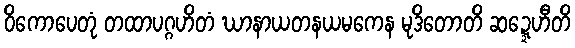
ဝိကောပေတုံ တထာပဂ္ဂဟိတံ ဃာနာယတနယမကေန မုဒိတောတိ ဆဍ္ဍေဟီတိ